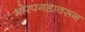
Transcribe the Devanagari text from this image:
भोरपगडावरून